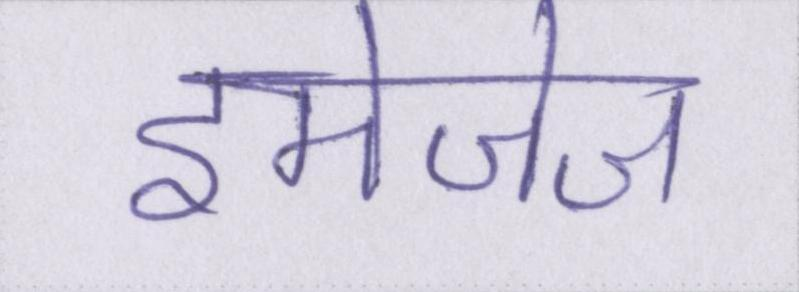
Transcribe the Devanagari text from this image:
इमेजेज